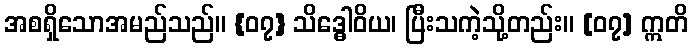
အစရှိသောအမည်သည်။ {၀၇} သိဒ္ဓေါဝိယ၊ ပြီးသကဲ့သို့တည်း။ [၀၇] ဣတိ